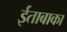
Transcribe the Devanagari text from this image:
ईताबाका